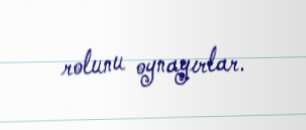
rolunu oynayırlar.